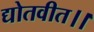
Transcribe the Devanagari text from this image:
द्योतवीत।।